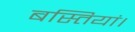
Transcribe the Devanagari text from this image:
बस्तियां।